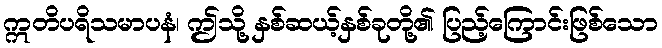
ဣတိပရိသမာပနံ၊ ဤသို့ နှစ်ဆယ့်နှစ်ခုတို့၏ ပြည့်ကြောင်းဖြစ်သော